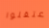
اعتقلوا